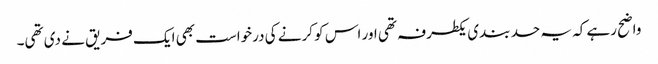
واضح رہے کہ یہ حد بندی یکطرفہ تھی اور اس کو کرنے کی درخواست بھی ایک فریق نے دی تھی۔